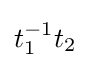
t_{1}^{-1}t_{2}